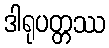
ဒါရုပတ္တဿ